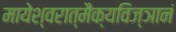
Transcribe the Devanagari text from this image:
मायेश्वरात्मैक्यविज्ञानं